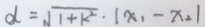
d = \sqrt { 1 + k ^ { 2 } } \cdot \vert x _ { 1 } - x _ { 2 } \vert